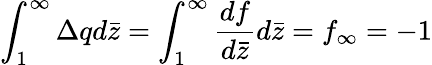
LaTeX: \int_{1}^{\infty}\Delta qd\bar{z}=\int_{1}^{\infty}\frac{df}{d\bar{z}}d\bar{z}=f_{\infty}=-1